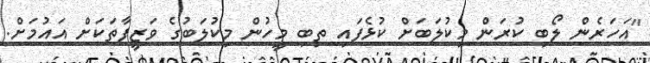
"އަހަރެން ލޯބި ކުރަން މިކުލަބަށް ކުޅެފައި ތިބި މީހުން މިކުލަބުގެ ވަޒީފާތަކަށް އައުމަށް.